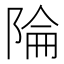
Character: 陯